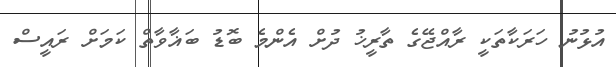
އުޅުނު ހަރަކާތަކީ ރާއްޖޭގެ ތާރީޚު ދުށް އެންމެ ބޮޑު ބަޣާވާތް ކަމަށް ރައީސް